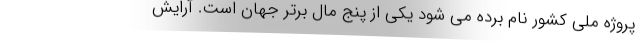
پروژه ملی کشور نام برده می شود یکی از پنج مال برتر جهان است. آرایش